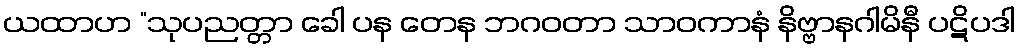
ယထာဟ “သုပညတ္တာ ခေါ ပန တေန ဘဂဝတာ သာဝကာနံ နိဗ္ဗာနဂါမိနီ ပဋိပဒါ